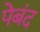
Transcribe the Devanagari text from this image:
पेबंद